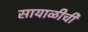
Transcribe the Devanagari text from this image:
सायाळीची